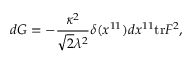
d G = - { \frac { \kappa ^ { 2 } } { \sqrt { 2 } \lambda ^ { 2 } } } \delta ( x ^ { 1 1 } ) d x ^ { 1 1 } \mathrm { t r } F ^ { 2 } ,